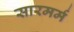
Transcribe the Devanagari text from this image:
सारमर्म